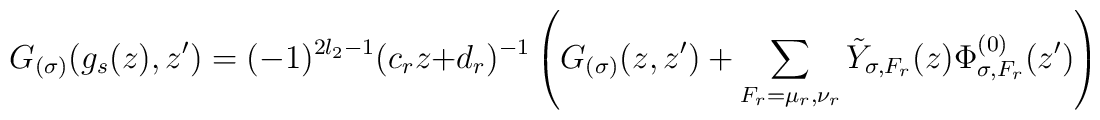
G_{(\sigma)} (g_s(z),z')=(-1)^{2l_2-1}(c_rz+d_r)^{-1}\left(G_{(\sigma)} (z,z')+\sum_{F_r=\mu_r,\nu_r}\tilde Y_{\sigma,F_r}(z)\Phi_{\sigma,{F_r}}^{(0)}(z')\right)